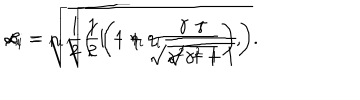
\alpha _ { i } = \sqrt { \frac { 1 } { 2 } \left( 1 - \eta _ { i } \frac { \gamma } { \sqrt { \gamma ^ { 2 } + 1 } } \right) } , \hspace { 0 . 5 c m } \beta _ { i } = \eta _ { i } \sqrt { \frac { 1 } { 2 } \left( 1 + \eta _ { i } \frac { \gamma } { \sqrt { \gamma ^ { 2 } + 1 } } \right) } .